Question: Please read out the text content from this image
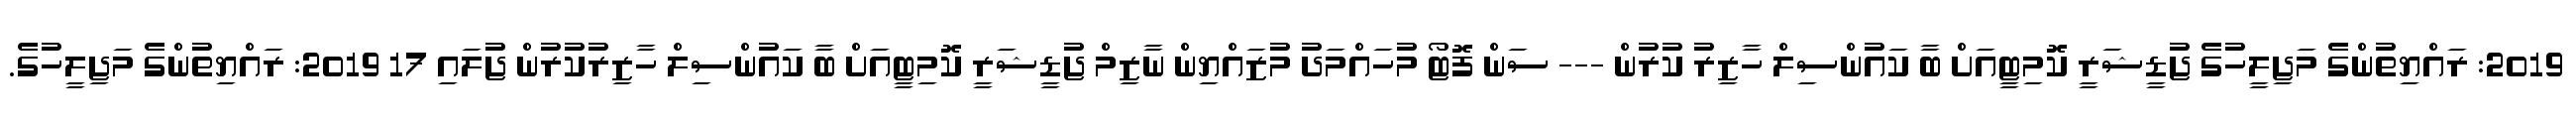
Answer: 2019: ރައްޔިތުންގެ މަޖިލީހުގެ ޖުޑީޝަރީ ކޮމިޓީއަށް ބާ ކައުންސިލް ހާޒިރު ކުރުން --- ސަން ފޮޓޯ މުހައްމަދު މުޒައްޔިން ނާޒިމް ޖުޑީޝަރީ ކޮމިޓީއަށް ބާ ކައުންސިލް ހާޒިރުކުރުން ޖުަލައި 17 2019: ރައްޔިތުންގެ މަޖިލީހުގެ.